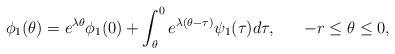
LaTeX: \begin{align*}\phi_1(\theta) = e^{\lambda\theta}\phi_1(0) + \int^0_{\theta}e^{\lambda(\theta-\tau)}\psi_1(\tau)d\tau,\hskip 20pt -r\le \theta\le 0,\end{align*}